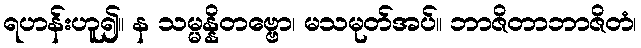
ရဟန်းဟူ၍။ န သမ္မန္နိတဗ္ဗော၊ မသမုတ်အပ်။ ဘာဇိတာဘာဇိတံ၊